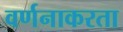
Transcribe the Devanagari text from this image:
वर्णनाकरता